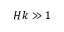
H k \gg 1